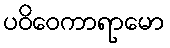
ပဝိဝေကာရာမော